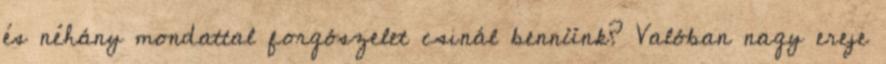
és néhány mondattal forgószelet csinál bennünk? Valóban nagy ereje